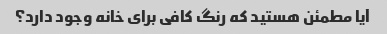
آیا مطمئن هستید که رنگ کافی برای خانه وجود دارد؟